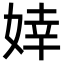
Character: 婞